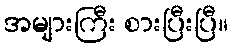
အများကြီး စားပြီးပြီ။